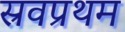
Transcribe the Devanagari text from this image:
स्रवप्रथम